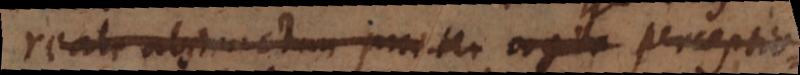
reale abstractum praeter cogita